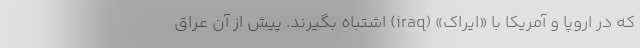
که در اروپا و آمریکا با «ایراک» (iraq) اشتباه بگیرند. پیش از آن عراق